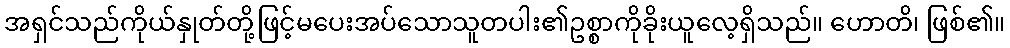
အရှင်သည်ကိုယ်နှုတ်တို့ဖြင့်မပေးအပ်သောသူတပါး၏ဥစ္စာကိုခိုးယူလေ့ရှိသည်။ ဟောတိ၊ ဖြစ်၏။